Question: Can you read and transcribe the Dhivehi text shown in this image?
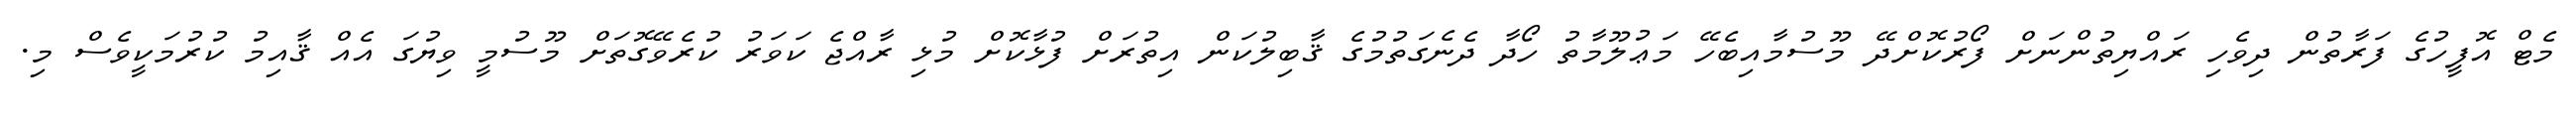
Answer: މެޓް އޮފީހުގެ ފަރާތުން ދިވެހި ރައްޔިތުންނަށް ފޯރުކޮށްދޭ މޫސުމާއިބެހޭ މަޢުލޫމާތު ހޯދާ ދެނެގަތުމުގެ ޤާބިލުކަން އިތުރަށް ފުޅާކޮށް މުޅި ރާއްޖެ ކަވަރު ކުރެވޭގޮތަށް މޫސުމީ ވިޔުގަ އެއް ޤާއިމު ކުރުމަކީވެސް މި.